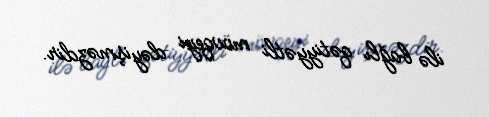
ilə bağlı qətiyyətli mövqeyi dəyişməzdir.